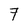
Character: 7